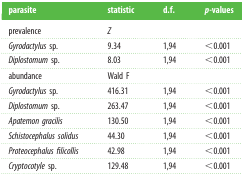
<table><thead><tr><td><b>parasite</b></td><td><b>statistic</b></td><td><b>d.f.</b></td><td><b><i>p</i>-values</b></td></tr></thead><tbody><tr><td>prevalence</td><td><i>Z</i></td><td></td><td></td></tr><tr><td><i>Gyrodactylus</i> sp.</td><td>9.34</td><td>1,94</td><td>&lt;0.001</td></tr><tr><td><i>Diplostomum</i> sp.</td><td>8.03</td><td>1,94</td><td>&lt;0.001</td></tr><tr><td>abundance</td><td>Wald F</td><td></td><td></td></tr><tr><td><i>Gyrodactylus</i> sp.</td><td>416.31</td><td>1,94</td><td>&lt;0.001</td></tr><tr><td><i>Diplostomum</i> sp.</td><td>263.47</td><td>1,94</td><td>&lt;0.001</td></tr><tr><td><i>Apatemon gracilis</i></td><td>130.50</td><td>1,94</td><td>&lt;0.001</td></tr><tr><td><i>Schistocephalus solidus</i></td><td>44.30</td><td>1,94</td><td>&lt;0.001</td></tr><tr><td><i>Proteocephalus filicollis</i></td><td>42.98</td><td>1,94</td><td>&lt;0.001</td></tr><tr><td><i>Cryptocotyle</i> sp.</td><td>129.48</td><td>1,94</td><td>&lt;0.001</td></tr></tbody></table>